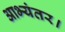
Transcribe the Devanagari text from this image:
आभ्यंतर।